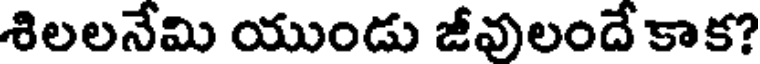
శిలలనేమి యుండు జీవులందే కాక?